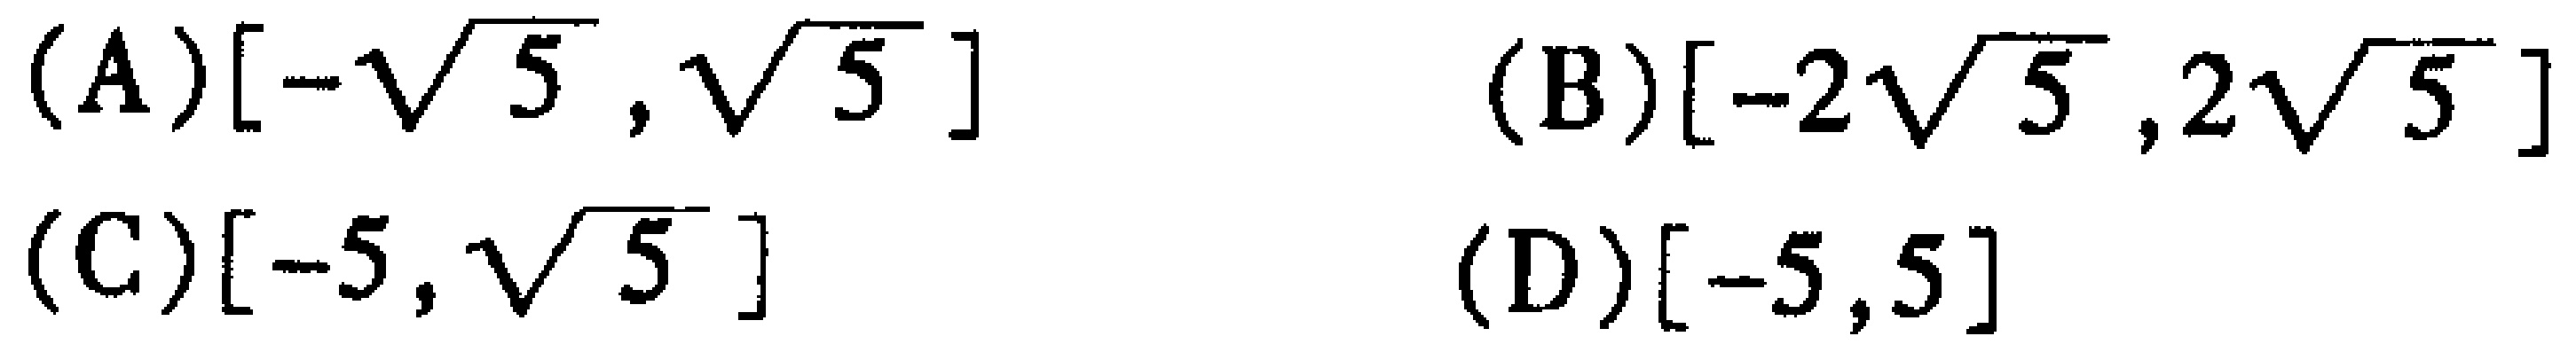
(A)$[-\sqrt{5},\sqrt{5}]$ (B)$[-2\sqrt{5},2\sqrt{5}]$ (C)$[-5,\sqrt{5}]$ (D)$[-5,5]$